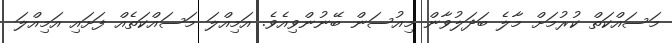
މަސައްކަތް ކުރުމަށް މާލެ ބަދަލުވާން މިއުސަން ބޭނުންވިއެވެ. އަމިއްލަ މަސައްކަތެއް ފަށައި އަމިއްލަ